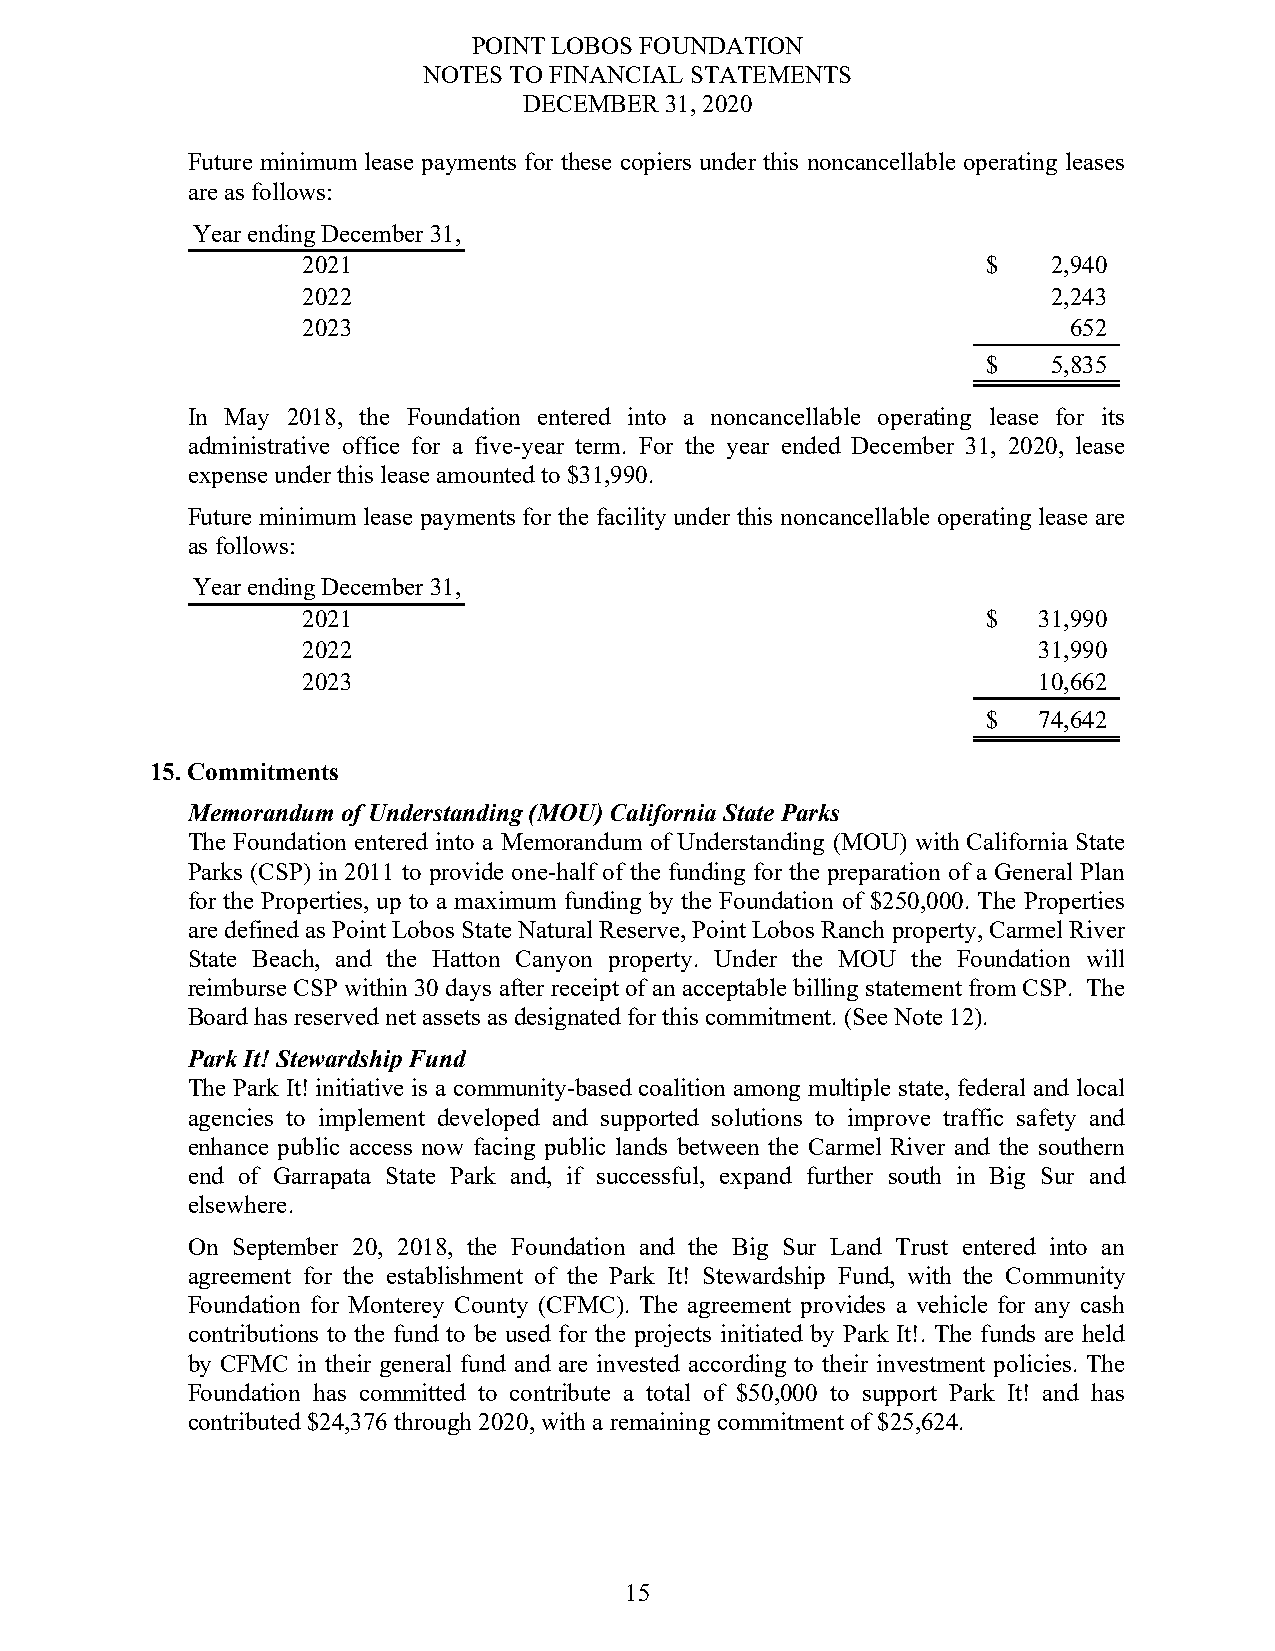
POINT LOBOS FOUNDATION
 NOTES TO FINANCIAL STATEMENTS
 DECEMBER 31, 2020
 Future minimum lease payments for these copiers under this noncancellable operating leases
 are as follows:
 Year ending December 31,
 2021                                         $    2,940
 2022                                              2,243
 2023                                               652
 $    5,835
 In May 2018, the Foundation entered into a noncancellable operating lease for its
 administrative office for a five-year term. For the year ended December 31, 2020, lease
 expense under this lease amounted to $31,990.
 Future minimum lease payments for the facility under this noncancellable operating lease are
 as follows:
 Year ending December 31,
 2021                                         $   31,990
 2022                                             31,990
 2023                                             10,662
 $   74,642
 15. Commitments
 Memorandum of Understanding (MOU) California State Parks
 The Foundation entered into a Memorandum of Understanding (MOU) with California State
 Parks (CSP) in 2011 to provide one-half of the funding for the preparation of a General Plan
 for the Properties, up to a maximum funding by the Foundation of $250,000. The Properties
 are defined as Point Lobos State Natural Reserve, Point Lobos Ranch property, Carmel River
 State Beach, and the Hatton Canyon property. Under the MOU the Foundation will
 reimburse CSP within 30 days after receipt of an acceptable billing statement from CSP. The
 Board has reserved net assets as designated for this commitment. (See Note 12).
 Park It! Stewardship Fund
 The Park It! initiative is a community-based coalition among multiple state, federal and local
 agencies to implement developed and supported solutions to improve traffic safety and
 enhance public access now facing public lands between the Carmel River and the southern
 end of Garrapata State Park and, if successful, expand further south in Big Sur and
 elsewhere.
 On September 20, 2018, the Foundation and the Big Sur Land Trust entered into an
 agreement for the establishment of the Park It! Stewardship Fund, with the Community
 Foundation for Monterey County (CFMC). The agreement provides a vehicle for any cash
 contributions to the fund to be used for the projects initiated by Park It!. The funds are held
 by CFMC in their general fund and are invested according to their investment policies. The
 Foundation has committed to contribute a total of $50,000 to support Park It! and has
 contributed $24,376 through 2020, with a remaining commitment of $25,624.
 15